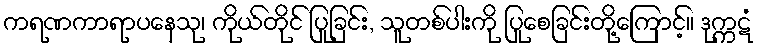
ကရဏကာရာပနေသု၊ ကိုယ်တိုင် ပြုခြင်း, သူတစ်ပါးကို ပြုစေခြင်းတို့ကြောင့်။ ဒုက္ကဋံ